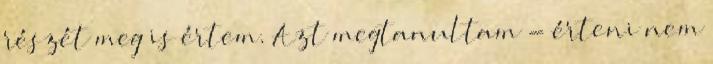
részét meg is értem. Azt megtanultam - érteni nem